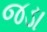
જડા